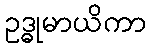
ဥဒ္ဓုမာယိကာ